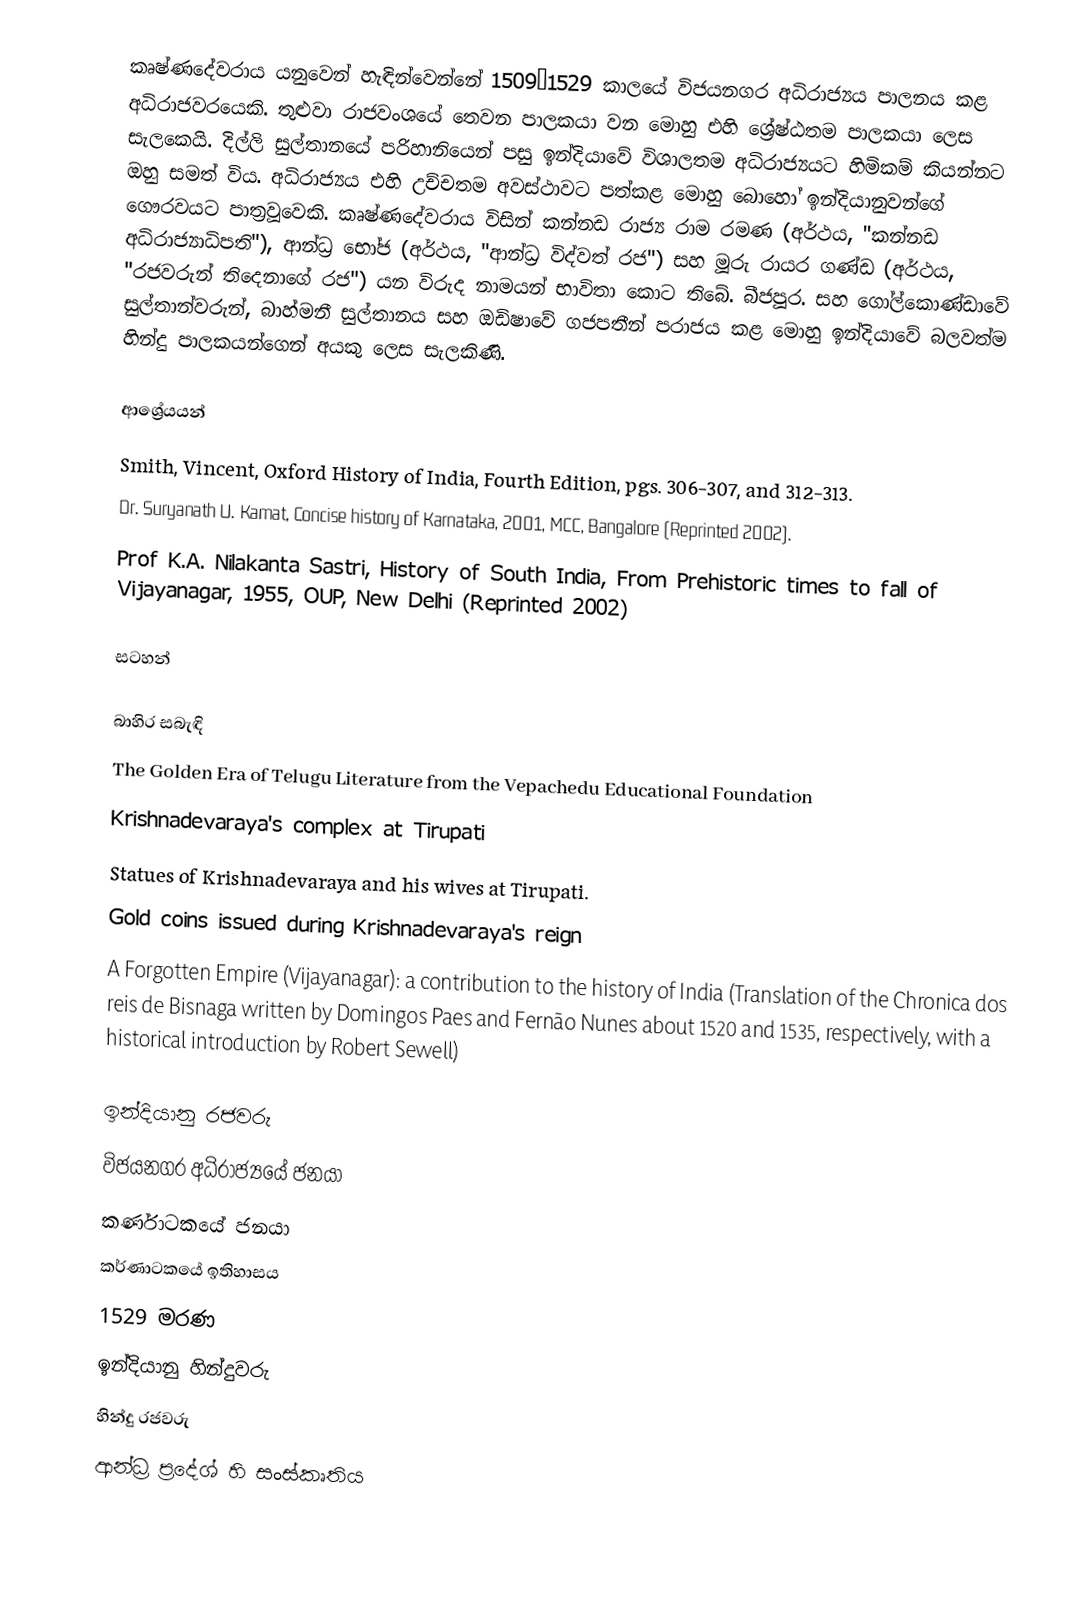
කෘෂ්ණදේවරාය යනුවෙන් හැඳින්වෙන්නේ 1509–1529 කාලයේ විජයනගර අධිරාජ්‍යය පාලනය කළ අධිරාජවරයෙකි.  තුළුවා රාජවංශයේ තෙවන පාලකයා වන මොහු එහි ශ්‍රේෂ්ඨතම පාලකයා ලෙස සැලකෙයි. දිල්ලි සුල්තානයේ පරිහානියෙන් පසු ඉන්දියාවේ විශාලතම අධිරාජ්‍යයට හිමිකම් කියන්නට ඔහු සමත් විය. අධිරාජ්‍යය එහි උච්චතම අවස්ථාවට පත්කළ මොහු බොහෝ ඉන්දියානුවන්ගේ ගෞරවයට පාත්‍රවූවෙකි. කෘෂ්ණදේවරාය විසින් කන්නඩ රාජ්‍ය රාම රමණ (අර්ථය, "කන්නඩ අධිරාජ්‍යාධිපති"), ආන්ධ්‍ර භෝජ (අර්ථය, "ආන්ධ්‍ර විද්වත් රජ") සහ මූරු රායර ගණ්ඩ (අර්ථය, "රජවරුන් තිදෙනාගේ රජ") යන විරුද නාමයන් භාවිතා කොට තිබේ. බීජපූර. සහ ගෝල්කොණ්ඩාවේ සුල්තාන්වරුන්, බාහ්මනී සුල්තානය සහ ඔඩිෂාවේ ගජපතීන් පරාජය කළ මොහු ඉන්දියාවේ බලවත්ම හින්දු පාලකයන්ගෙන් අයකු ලෙස සැලකිණි.

ආශ්‍රේයයන්
 Smith, Vincent, Oxford History of India, Fourth Edition, pgs. 306-307, and 312-313.
 Dr. Suryanath U. Kamat, Concise history of Karnataka, 2001, MCC, Bangalore (Reprinted 2002).
 Prof K.A. Nilakanta Sastri, History of South India, From Prehistoric times to fall of Vijayanagar, 1955, OUP, New Delhi (Reprinted 2002)

සටහන්

බාහිර සබැඳි
The Golden Era of Telugu Literature from the Vepachedu Educational Foundation
Krishnadevaraya's complex at Tirupati
Statues of Krishnadevaraya and his wives at Tirupati.
Gold coins issued during Krishnadevaraya's reign
A Forgotten Empire (Vijayanagar): a contribution to the history of India (Translation of the Chronica dos reis de Bisnaga written by Domingos Paes and Fernão Nunes about 1520 and 1535, respectively, with a historical introduction by Robert Sewell)

ඉන්දියානු රජවරු
විජයනගර අධිරාජ්‍යයේ ජනයා
කර්ණාටකයේ ජනයා
කර්ණාටකයේ ඉතිහාසය
1529 මරණ
ඉන්දියානු හින්දුවරු
හින්දු රජවරු
ආන්ධ්‍ර ප්‍රදේශ් හි සංස්කෘතිය